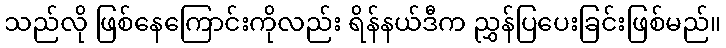
သည်လို ဖြစ်နေကြောင်းကိုလည်း ရိန်နယ်ဒီက ညွှန်ပြပေးခြင်းဖြစ်မည်။